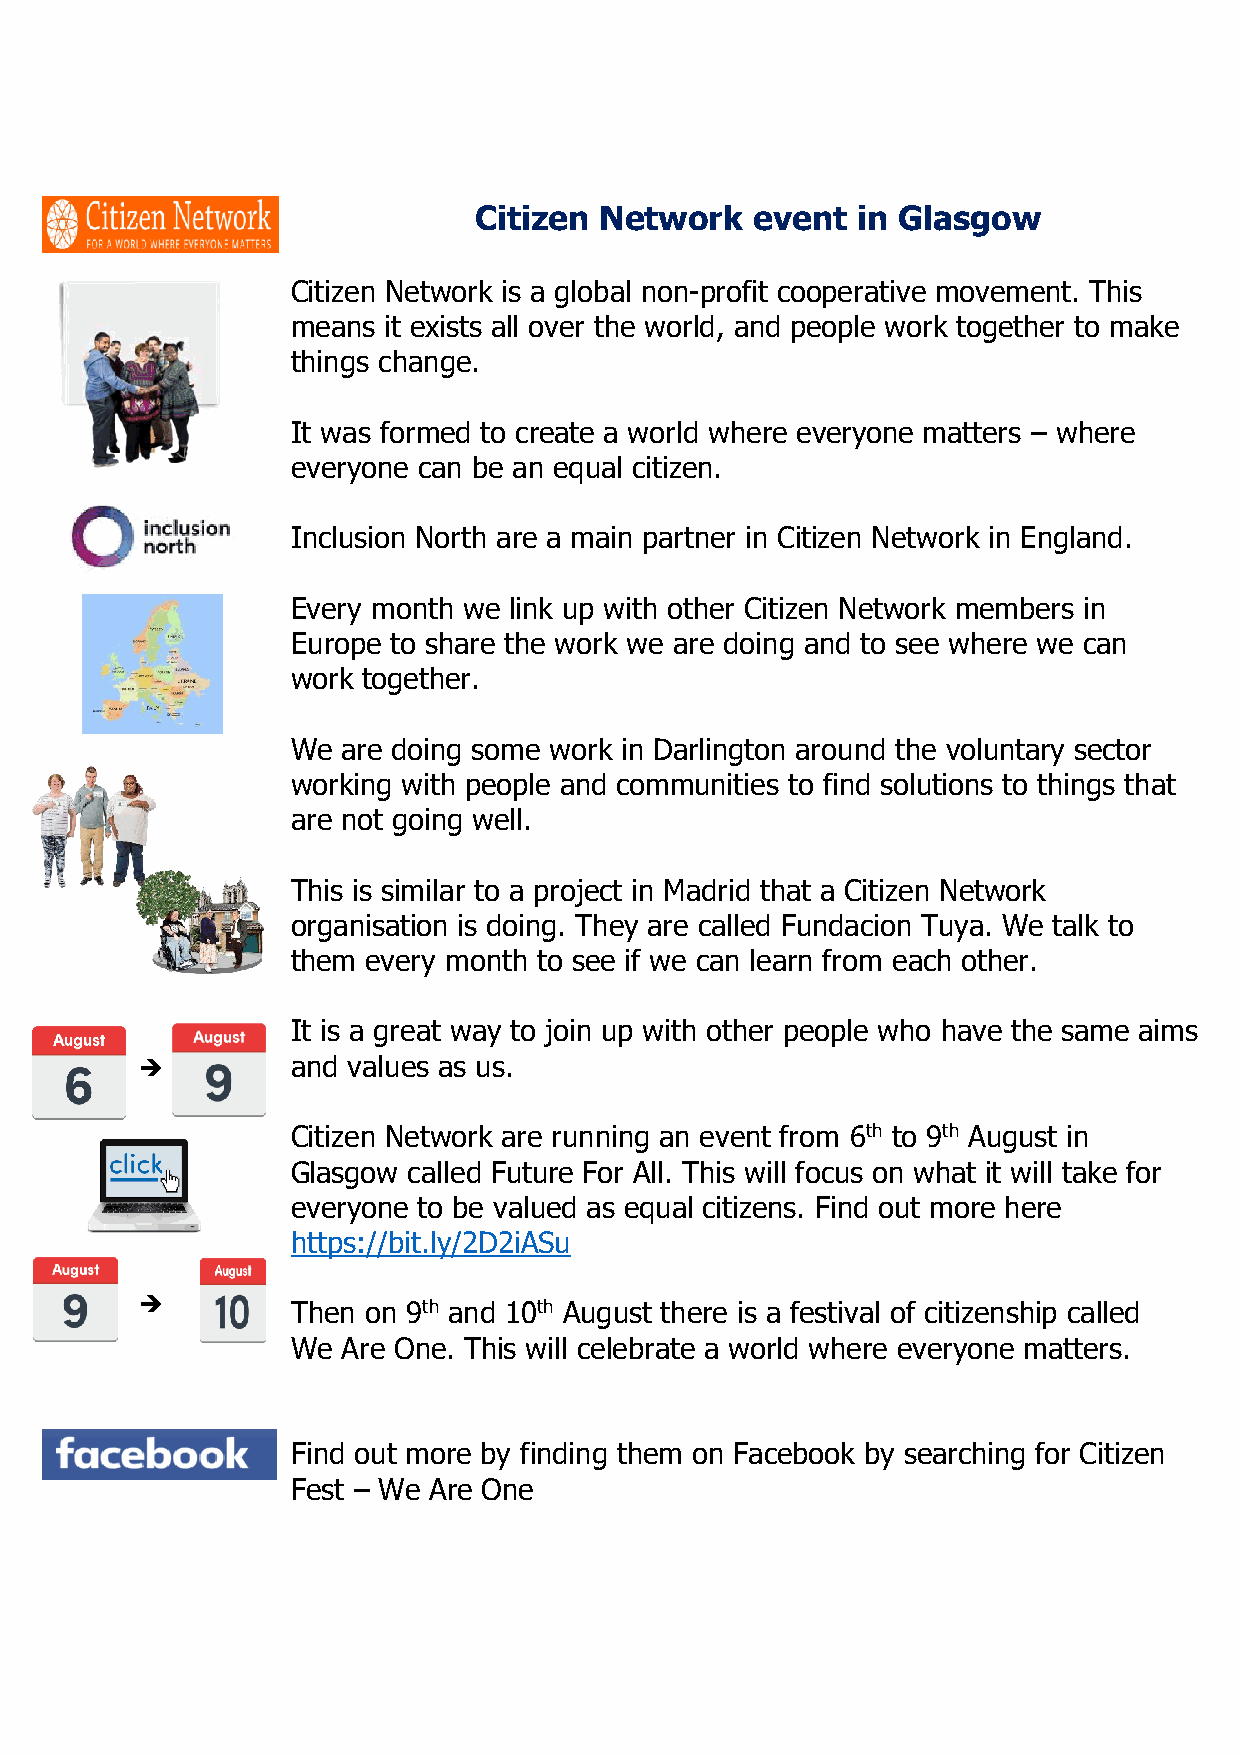
Citizen  Network   event  in Glasgow
 Citizen Network is a global non-profit cooperative movement. This
 means it exists all over the world, and people work together to make
 things change.
 It was formed to create a world where everyone matters – where
 everyone can be an equal citizen.
 Inclusion North are a main partner in Citizen Network in England.
 Every month we link up with other Citizen Network members in
 Europe to share the work we are doing and to see where we can
 work together.
 We  are doing some work in Darlington around the voluntary sector
 working with people and communities to find solutions to things that
 are not going well.
 This is similar to a project in Madrid that a Citizen Network
 organisation is doing. They are called Fundacion Tuya. We talk to
 them every month to see if we can learn from each other.
 It is a great way to join up with other people who have the same aims
 ➔         and values as us.
 Citizen Network are running an event from 6th to 9th August in
 Glasgow called Future For All. This will focus on what it will take for
 everyone to be valued as equal citizens. Find out more here
 https://bit.ly/2D2iASu
 ➔         Then on 9th and 10th August there is a festival of citizenship called
 We  Are One. This will celebrate a world where everyone matters.
 Find out more by finding them on Facebook by searching for Citizen
 Fest – We Are One